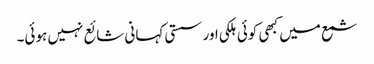
شمع میں کبھی کوئی ہلکی اور سستی کہانی شائع نہیں ہوئی۔